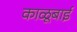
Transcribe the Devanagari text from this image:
काळूबाई